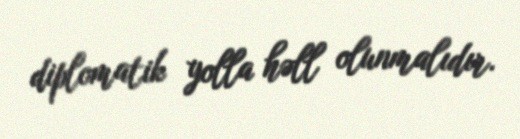
diplomatik yolla həll olunmalıdır.